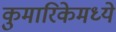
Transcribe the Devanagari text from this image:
कुमारिकेमध्ये